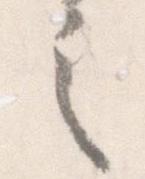
之